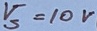
Text: V5=10V